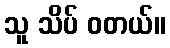
သူ သိပ် ဝတယ်။